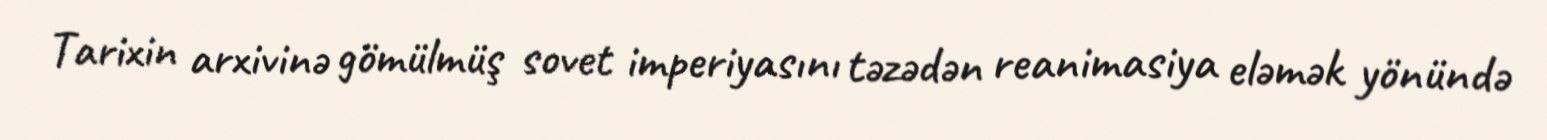
Tarixin arxivinə gömülmüş sovet imperiyasını təzədən reanimasiya eləmək yönündə